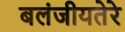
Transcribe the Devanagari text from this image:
बलंजीयतेरे